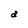
Character: a